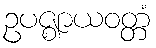
ဥပဇ္ဈာယဝတ္တံ